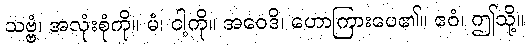
သဗ္ဗံ၊ အလုံးစုံကို။ မံ၊ ငါ့ကို။ အဝေဒိ၊ ဟောကြားပေ၏။ ဧဝံ၊ ဤသို့။